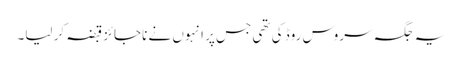
یہ جگہ سروس روڈ کی تھی جس پر انہوں نے ناجائز قبضہ کر لیا۔